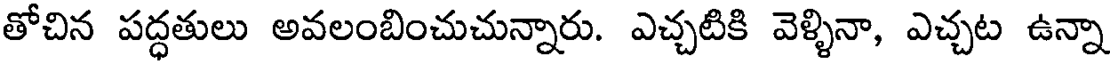
తోచిన పద్ధతులు అవలంబించుచున్నారు. ఎచ్చటికి వెళ్ళినా, ఎచ్చట ఉన్నా